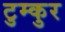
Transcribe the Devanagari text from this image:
टुम्कुर